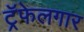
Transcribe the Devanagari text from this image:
ट्रॅफेलगार